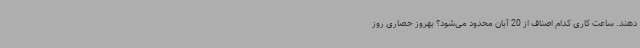
دهند. ساعت کاری کدام اصناف از 20 آبان محدود می‌شود؟ بهروز حصاری روز